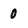
Character: 0